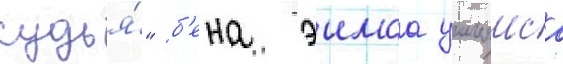
судья́" б'ена эимса уильямса